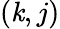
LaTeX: (\mathit{k},j)